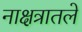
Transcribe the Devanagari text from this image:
नाक्षत्रातले